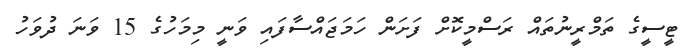
ޓީސީގެ ތަމްރީނުތައް ރަސްމީކޮށް ފަށަން ހަމަޖައްސާފައި ވަނީ މިމަހުގެ 15 ވަނަ ދުވަހު